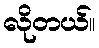
လိုတယ်။